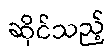
ဆိုင်သည့်